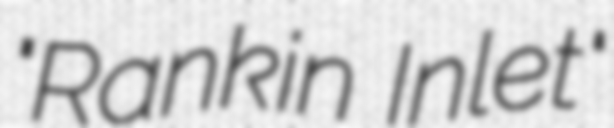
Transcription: "Rankin Inlet"